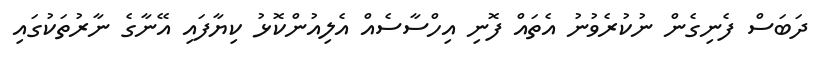
ދަބަސް ފެނިގެން ނުކުރެވުނު އެތައް ފޮނި އިހްސާސެއް އެލިއުންކޮޅު ކިޔާފައި އޭނާގެ ނާރުތަކުގައި